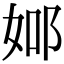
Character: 𨚴